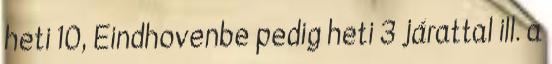
heti 10, Eindhovenbe pedig heti 3 járattal ill. a